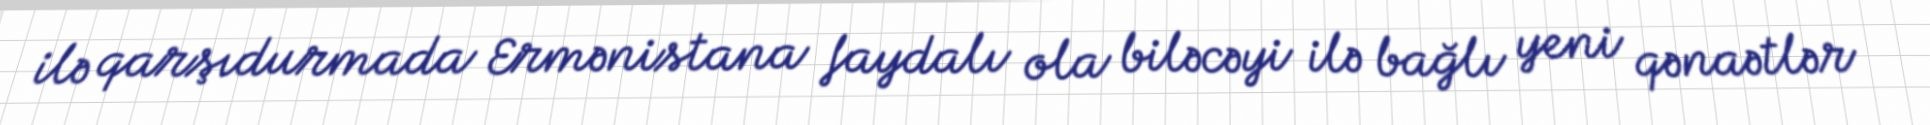
ilə qarşıdurmada Ermənistana faydalı ola biləcəyi ilə bağlı yeni qənaətlər